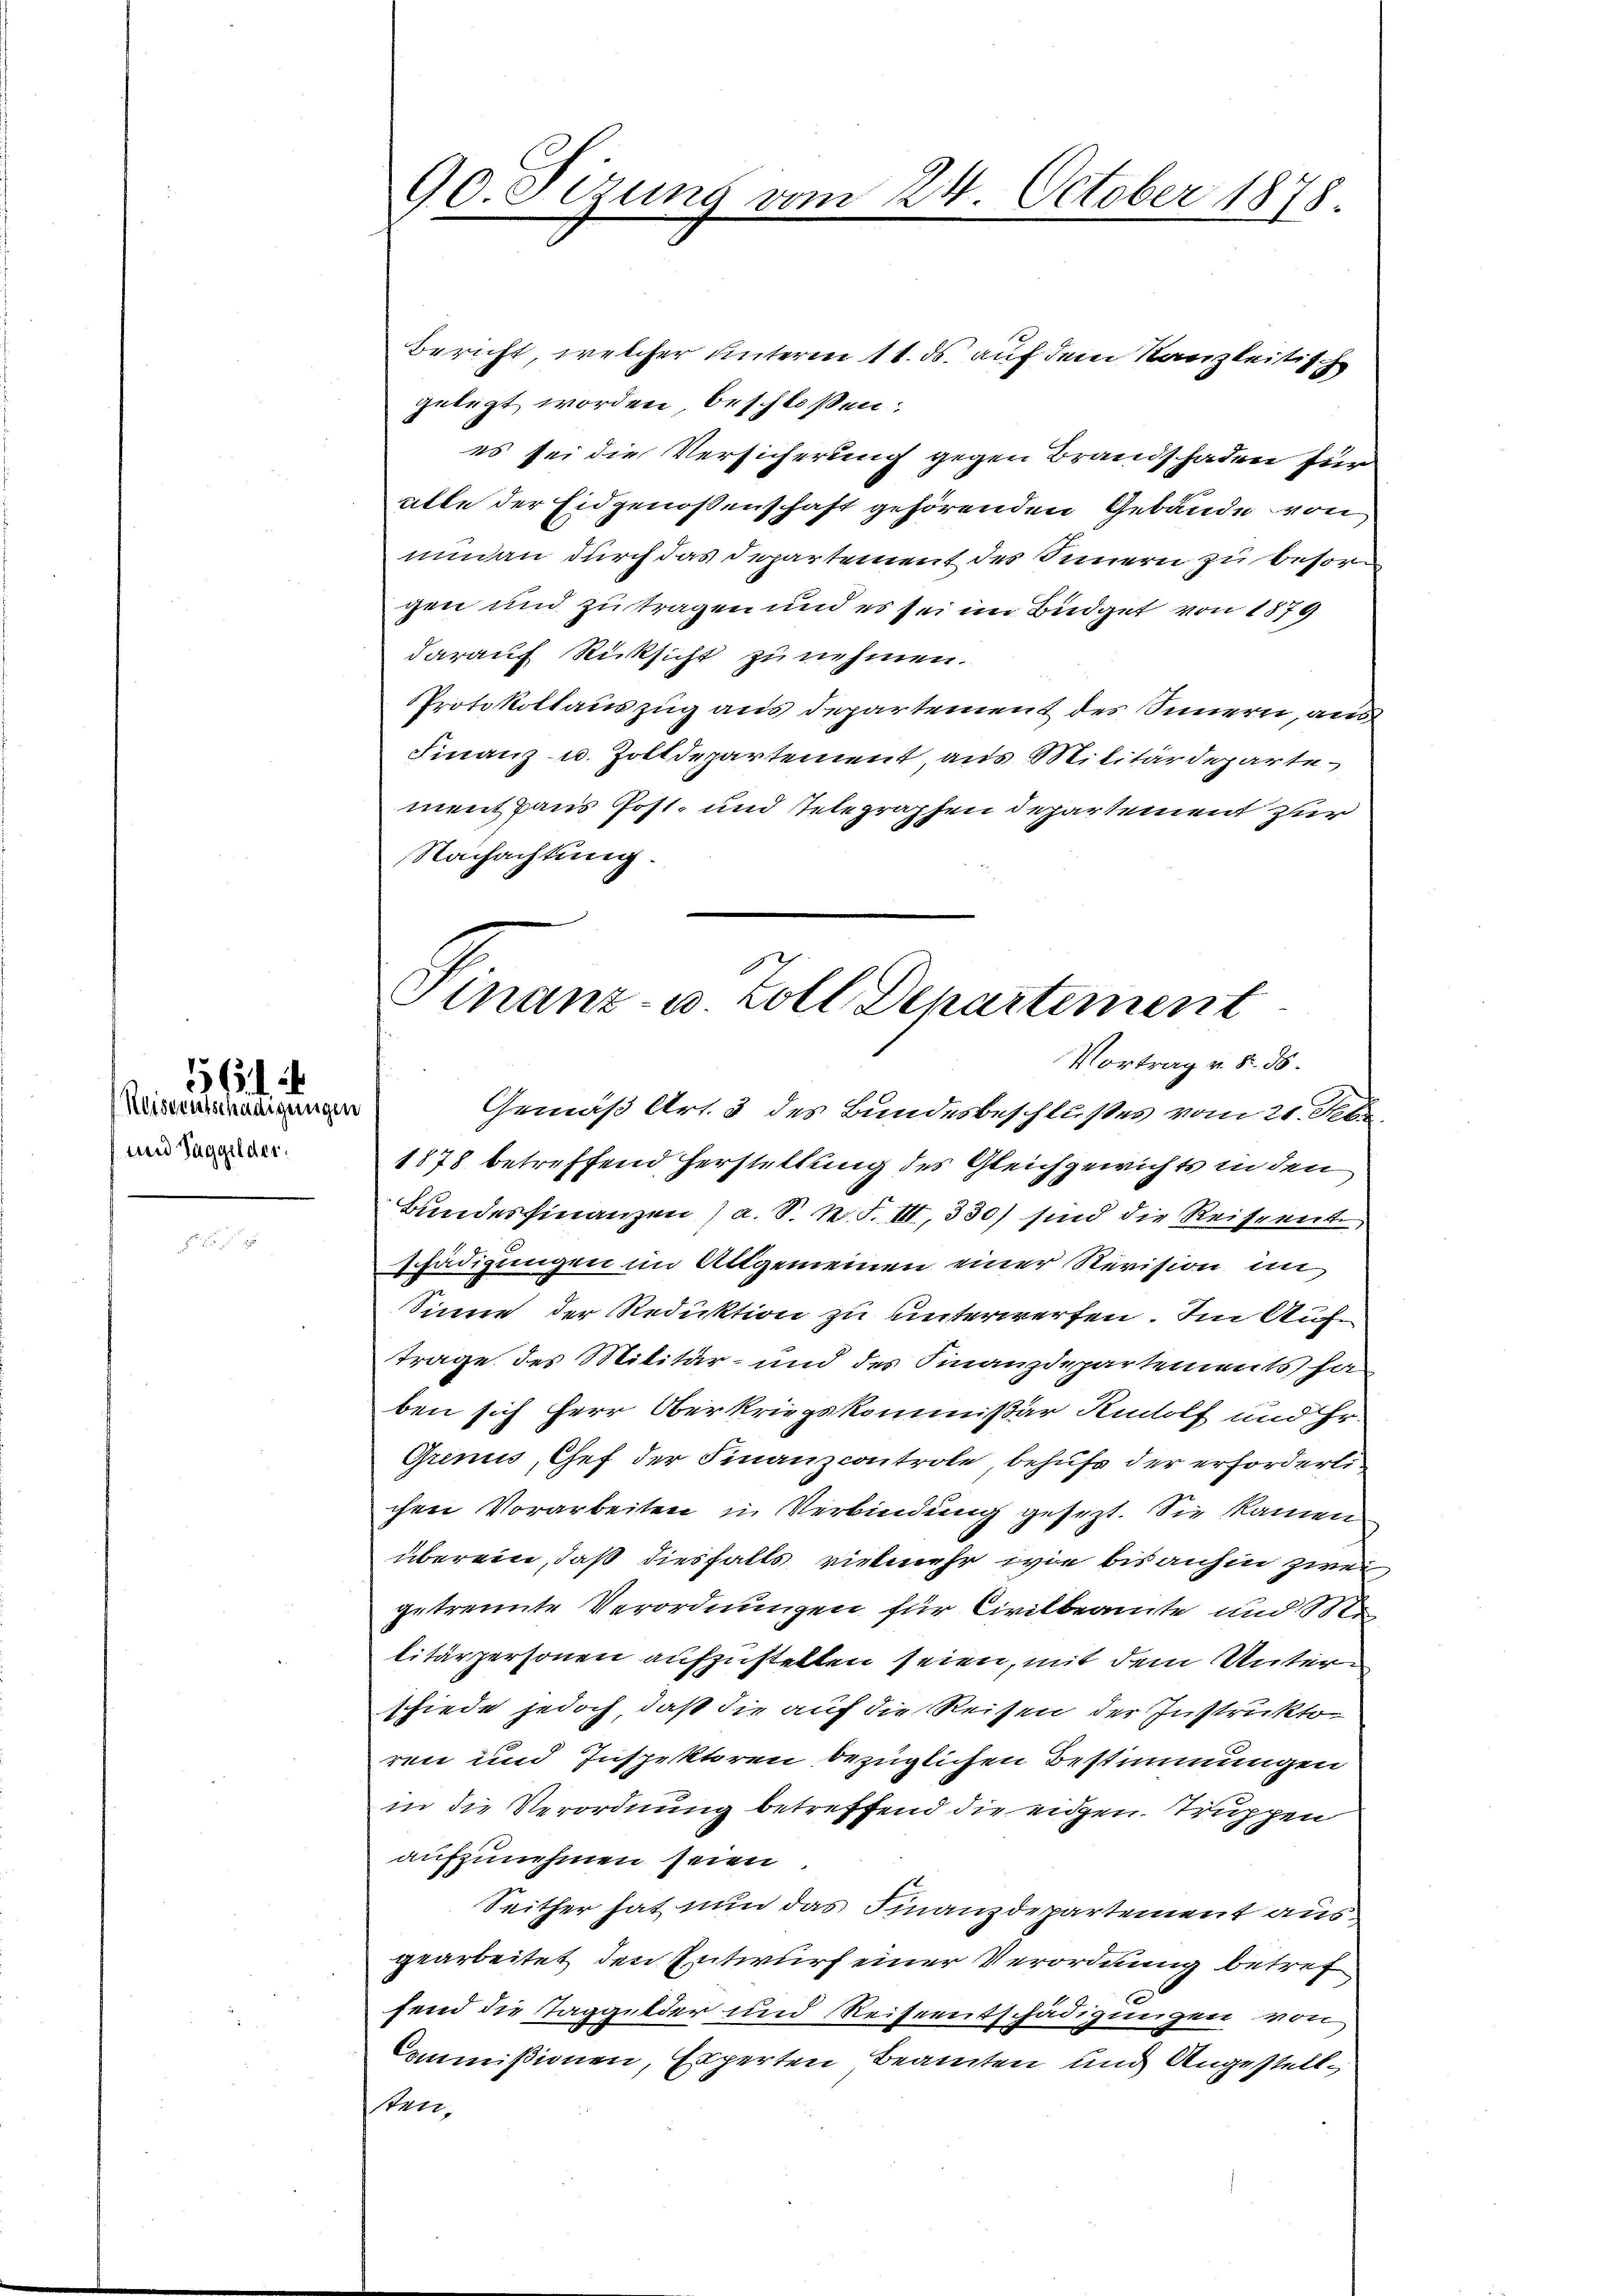
Keiseentschädigungen
und Taggelder.

56

Bericht, welcher unterm 11. ds. auf dem Kanzleitisch
gelegt worden, beschloßen:
es sei die Versicherung gegen Brandschaden für
alle der Eidgenossenschaft gehörenden Gebäude von
num an durch das Departement des Innern zu besorgen und zu tragen und es sei im Büdget von 1879
darauf Rücksicht zu nehmen.
Protokollauszug aus departement des Innern, aus
Finanz- u. Zolldepartement aus Militärdeparte
ment aus Post- und Telegraphen Departement zur
Nachachtung.

90. Sizung vom 24. October 1878.

Finanz- u Zoll Departement
Vortrag v. 8. d.

Gemäß Art. 3 des Bundesbeschlußes vom 24. A
1878 betreffend Herstellung des Gleichgewichts in den
Bundesfinanzen (a. S. N. F. III, 330) sind die Reiseent
Schädigungen im Allgemeinen einer Revision in
Sinne der Reduktion zu unterwerfen. Im Auftrage des Militär- und des Finanzdepartements ha
ben sich Herr Oberkriegskommißär Rudolf und Hr.
Grinis, Chef der Finanzcontrole behufs der erforderlichen Vorarbeiten in Verbindung gesezt. Sie kamen
überein, daß diesfalls vielmehr, wie bis anhin zwei
getrennte Verordnungen für Civilbeamte und Me
litärpersonen aufzustellen seien, mit dem Unterschiede jedoch, daß die auf die Reisen der Instruktoren und Inspektoren bezüglichen Bestimmungen
in die Verordnung betreffend die eigen Truppen
aufzunehmen seien
Seither hat nun das Finanzdepartement ausgearbeitet den Entwurf einer Verordnung betref
fend die Taggelder und Reiseentschädigungen von
Commißionen, Experten Beamten und Angestellsten.